Source: Handwritten
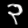
Digit: ၃ (3)